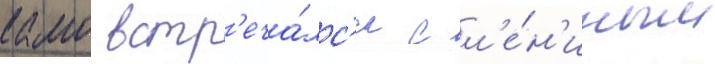
камо встр'еча́лс'я с л'е́н'иным